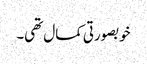
خوبصورتی کمال تھی۔